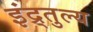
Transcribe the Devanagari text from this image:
इंद्र्तुल्य